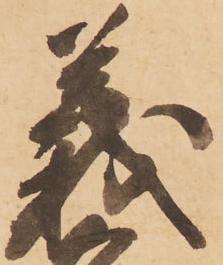
義